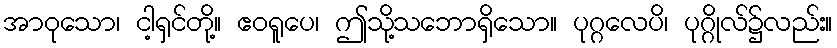
အာဝုသော၊ ငါ့ရှင်တို့။ ဧဝရူပေ၊ ဤသို့သဘောရှိသော။ ပုဂ္ဂလေပိ၊ ပုဂ္ဂိုလ်၌လည်း။